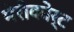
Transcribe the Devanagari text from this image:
मेरीकोर्ट